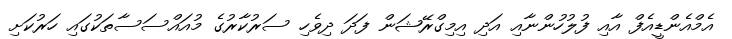
އެމްއެންޑީއެފް އާއި ފުލުހުންނާއި އަދި އިމިގްރޭޝަން ފަދަ ދިވެހި ސަރުކާރުގެ މުއައްސަސާތަކުގައި ހަރުކަށި